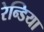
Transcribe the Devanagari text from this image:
रेन्डिया